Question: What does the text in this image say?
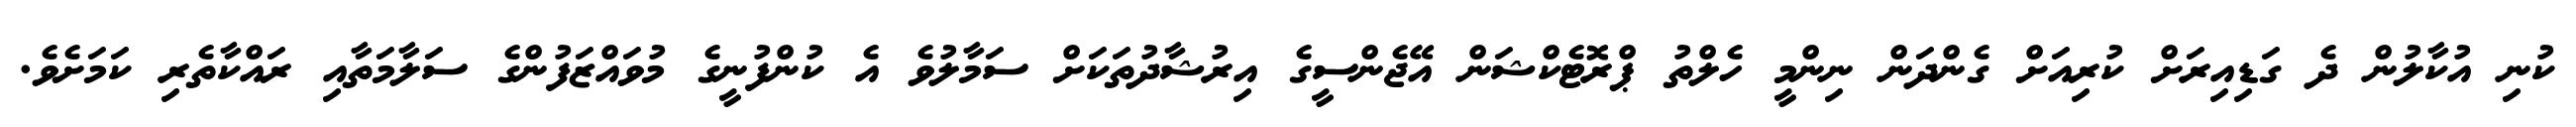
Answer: ކުނި އުކާލުން ދެ ގަޑިއިރަށް ކުރިއަށް ގެންދަން ނިންމީ ހެލްތު ޕްރޮޓެކްޝަން އޭޖެންސީގެ އިރުޝާދުތަކަށް ސަމާލުވެ އެ ކުންފުނީގެ މުވައްޒަފުންގެ ސަލާމަތާއި ރައްކާތެރި ކަމަށެވެ.